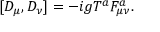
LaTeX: [ D _ { \mu } , D _ { \nu } ] = - i g T ^ { a } F _ { \mu \nu } ^ { a } .